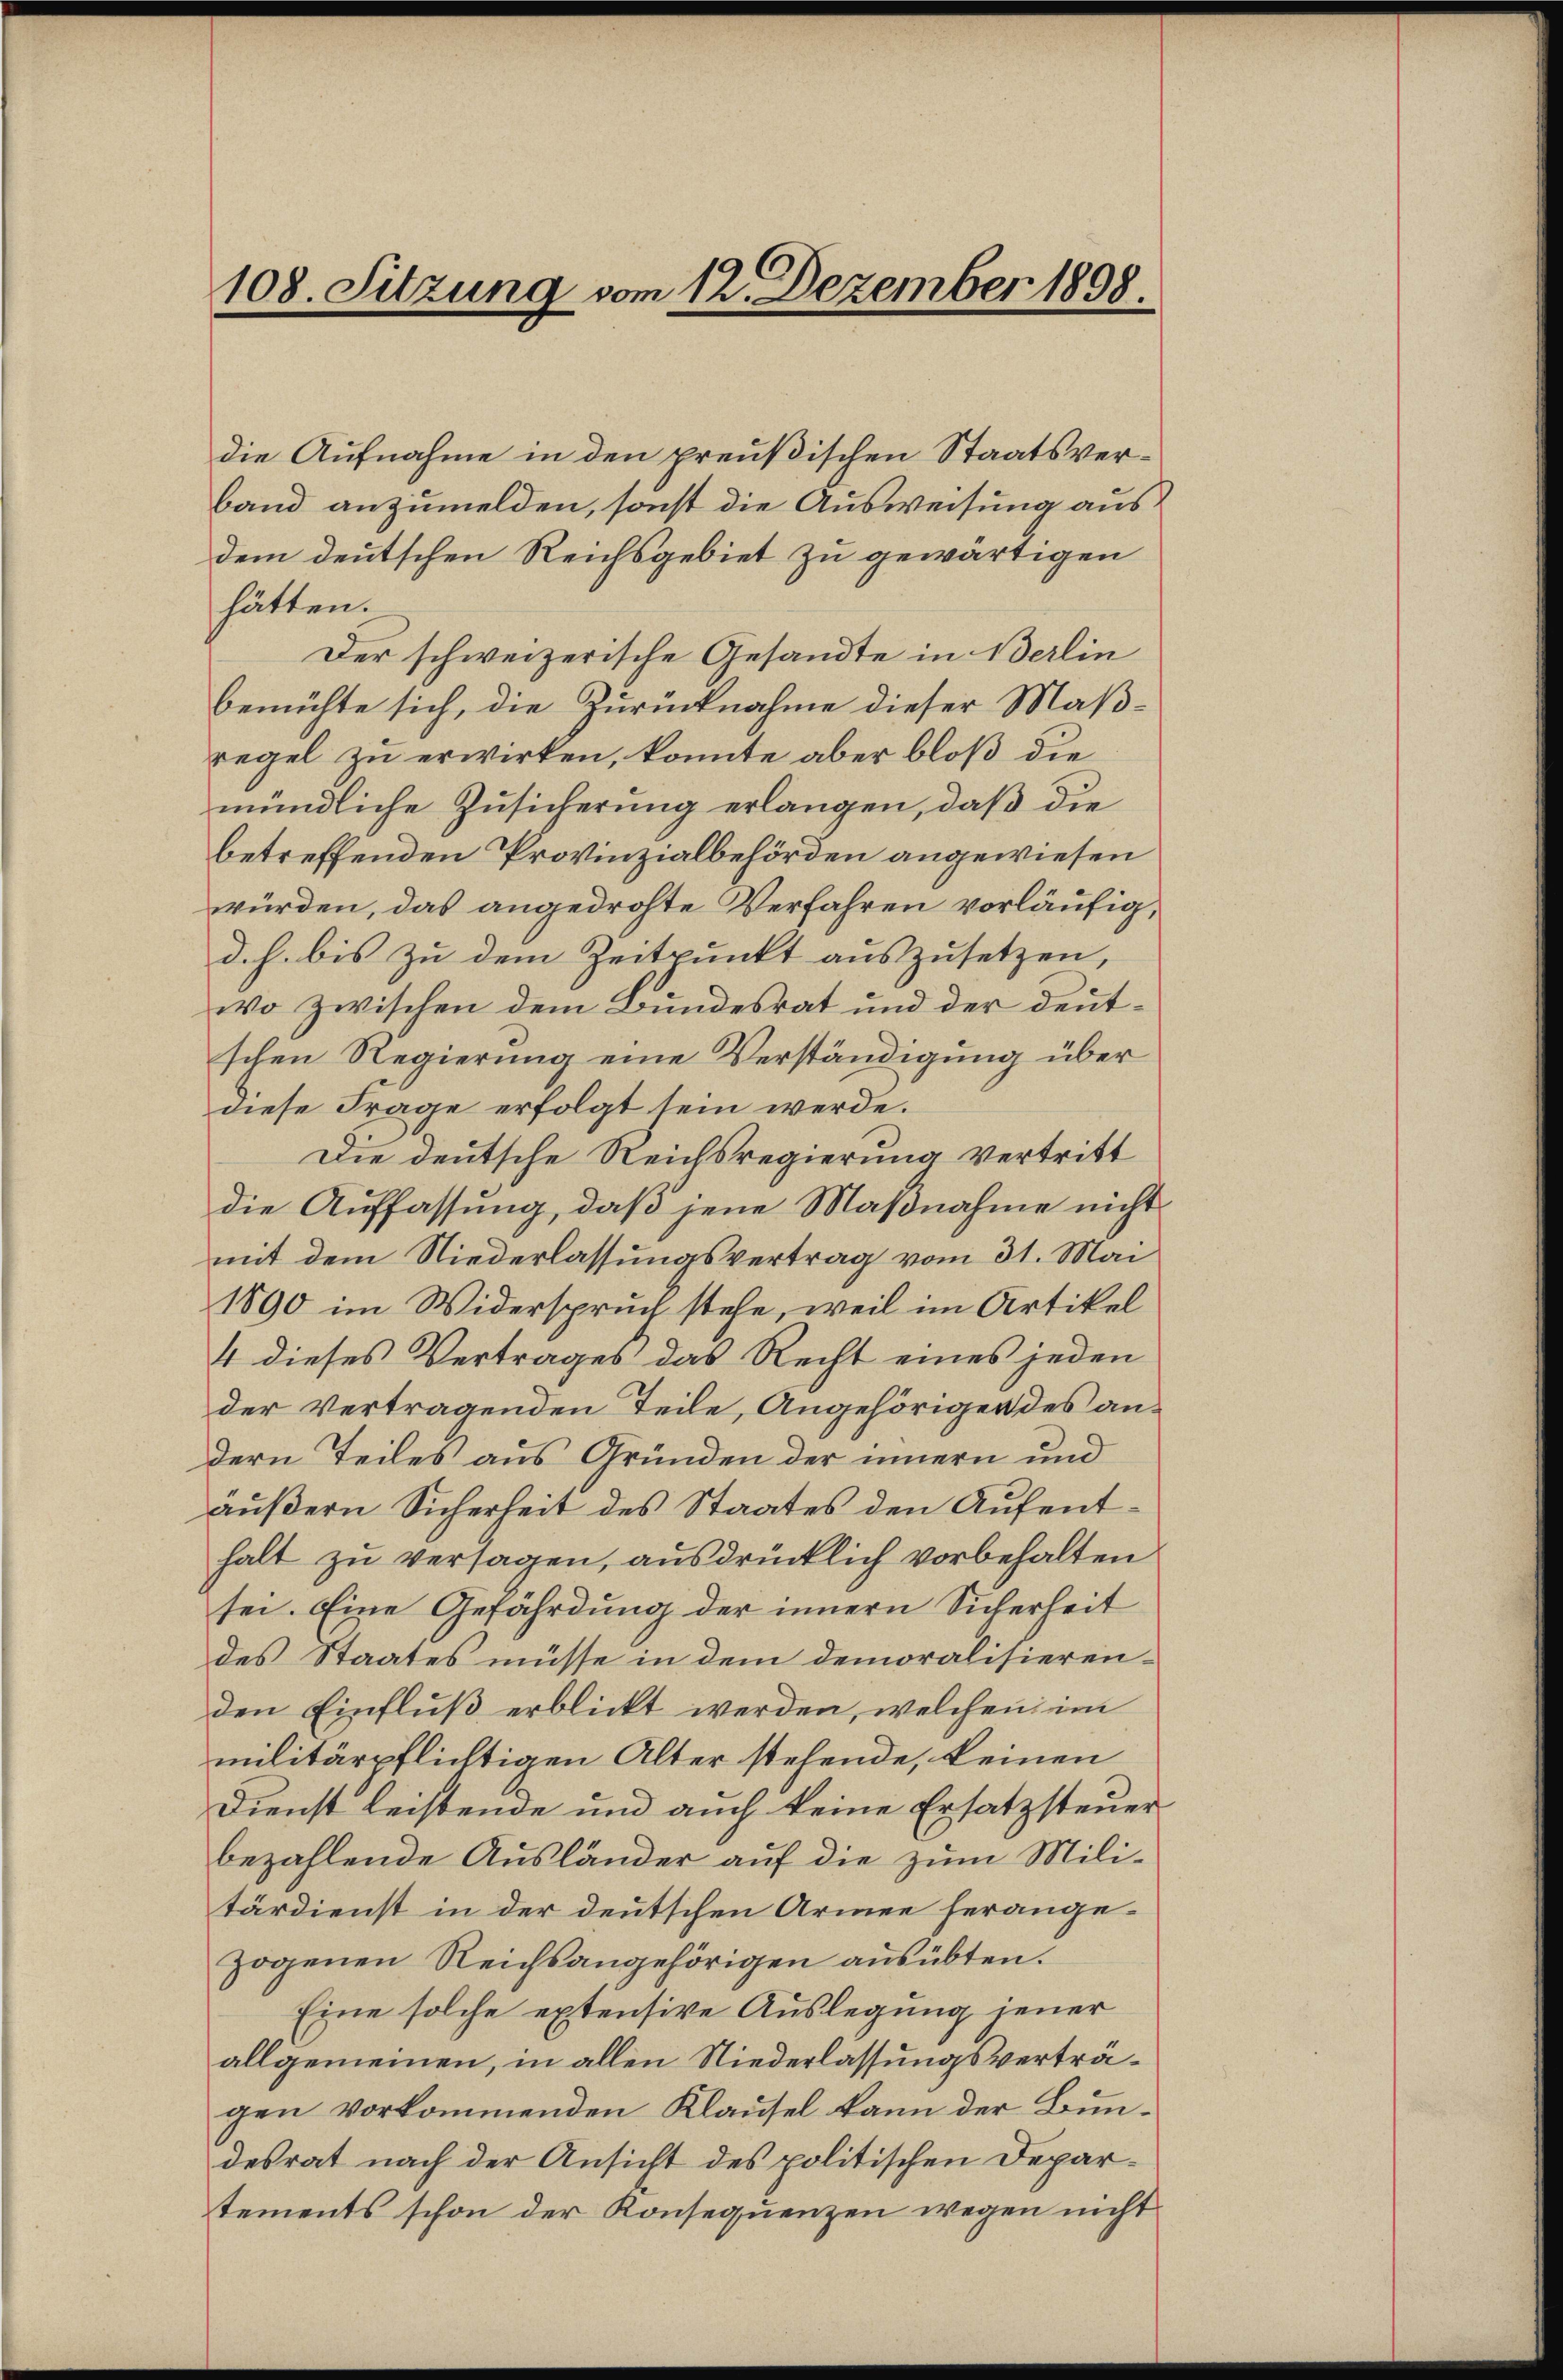
108. Sitzung vom 12. Dezember 1898.

die Aufnahme in den preußischen Staatsverband anzumelden, sonst die Ausweisung aus
dem deutschen Reichsgebiet zu gewärtigen
hätten.
Der schweizerische Gesandte in Berlin
bemühte sich, die Zurücknahme dieser Maß-
regel zu erwirken, konnte aber bloß die
mündliche Zusicherung erlangen, daß die
betreffenden Provinzialbehörden angewiesen
würden, das angedrohte Verfahren vorläufig,
d. h. bis zu dem Zeitpunkt auszusetzen,
wo zwischen dem Bundesrat und der deutschen Regierung eine Verständigung über
diese Frage erfolgt sein werde.
Die deutsche Reichsregierung vertritt
die Auffassung, daß jene Maßnahme nicht
mit dem Niederlassungsvertrag vom 31. Mai
1890 im Widerspruch stehe, weil im Artikel
4 dieses Vertrages das Recht eines jeden
der Vertragenden Teile, Angehörigen des andern Teiles aus Gründen der innern und
äußern Sicherheit des Staates den Aufenthalt zu versagen, ausdrücklich vorbehalten
sei. Eine Gefährdung der innern Sicherheit
des Staates müsse in dem demoralisierenden Einfluß erblickt werden, welchen im
militärpflichtigen Alter stehende, keinen
Dienst leistende und auch keine Ersatzsteuer
bezahlende Ausländer auf die zum Militärdienst in der deutschen Armee herangezogenen Reichsangehörigen ausübten.
Eine solche extensive Auslegung jener
allgemeinen, in allen Niederlassungsverträgen vorkommenden Klausel kann der Bundesrat nach der Ansicht des politischen Departements schon der Konsequenzen wegen nicht